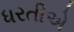
ધરતીએ